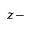
z -